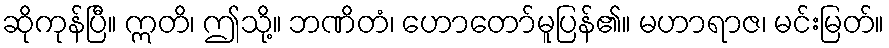
ဆိုကုန်ပြီ။ ဣတိ၊ ဤသို့။ ဘဏိတံ၊ ဟောတော်မူပြန်၏။ မဟာရာဇ၊ မင်းမြတ်။